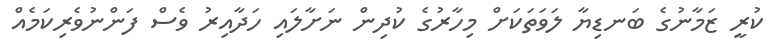
ކުރީ ޒަމާނުގެ ބަނޑިޔާ ލަވަތަކަށް މިހާރުގެ ކުދިން ނަށާލައި ހަދާއިރު ވެސް ފަންނުވެރިކަމެއް